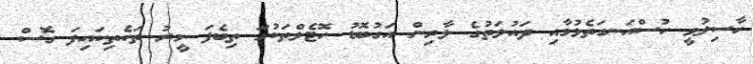
ހާސިލުވީ ހުސްއަނގަތެޅުމާއި ދައުލަތުގެ ލާރިން އަގުބޮޑު ހޮޓެލްތަކުގަ ތިބެފަ މީރު ތަކެތިކައިފަ ގޮސް